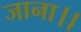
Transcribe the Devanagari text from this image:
जाना।।